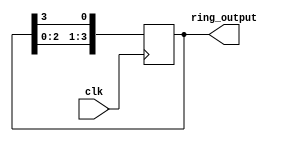
module ring_counter (
    input wire clk,   // Clock input
    output reg [3:0] ring_output  // 4-bit ring counter output
);

reg [3:0] state;  // Internal state variable to store the current counter value

// State machine logic for the ring counter
always @(posedge clk) begin
    state <= {state[2:0], state[3]};  // Shift the active bit to the next flip-flop
end

// Assign the ring counter output to the current state value
assign ring_output = state;

endmodule